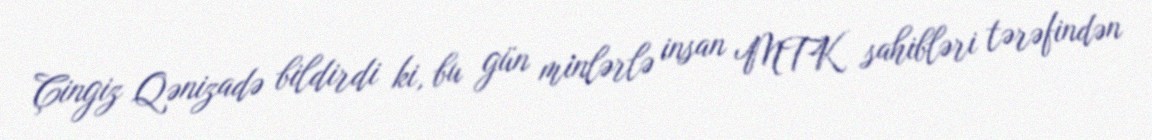
Çingiz Qənizadə bildirdi ki, bu gün minlərlə insan MTK sahibləri tərəfindən